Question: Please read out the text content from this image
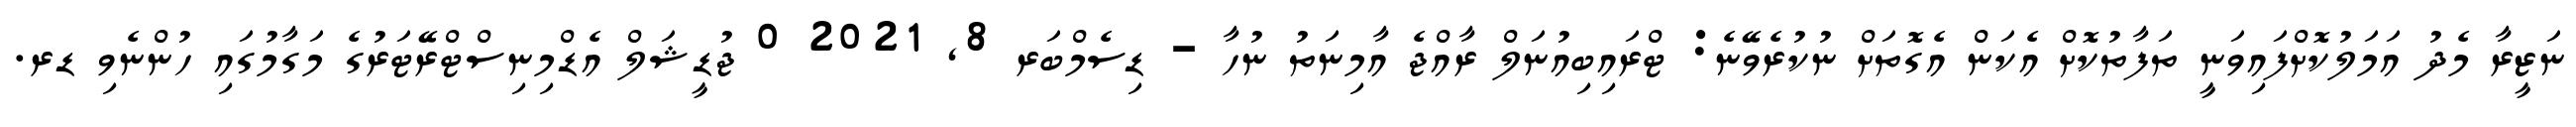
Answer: ނަޒީރާ މެދު އަމަލުކޮށްފައިވަނީ ތަފާތުކޮށް އެކަން އެގޮތަށް ނުކުރެވޭނެ: ޓްރައިބިއުނަލް ރާއްޖެ އާމިނަތު ނުހާ - ޑިސެމްބަރ 8, 2021 0 ޖުޑީޝަލް އެޑްމިނިސްޓްރޭޓަރުގެ މަގާމުގައި ހުންނެވި ޑރ.